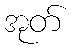
အုတ်